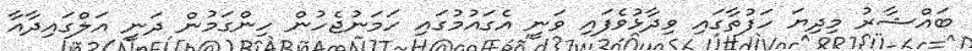
ބައްޝާރު މިދިޔަ ހަފުތާގައި ވިދާޅުވެފައި ވަނީ އެގައުމުގައި ހަމަނުޖެހުން ހިންގަމުން ދަނީ އަލްގައިދާއާ